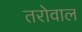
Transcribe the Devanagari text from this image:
तरोवाल